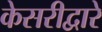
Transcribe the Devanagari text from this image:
केसरीद्वारे